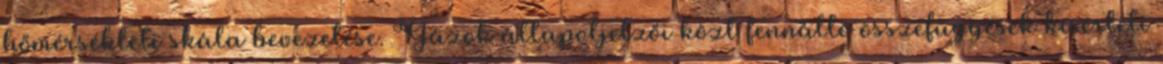
hőmérsékleti skála bevezetése. Gázok állapotjelzői közt fennálló összefüggések kísérleti